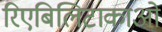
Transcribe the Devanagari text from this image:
रिएबिलिटाकाओ